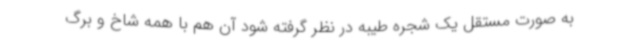
به صورت مستقل یک شجره طیبه در نظر گرفته شود آن هم با همه شاخ و برگ